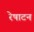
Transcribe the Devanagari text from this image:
रेषाटन